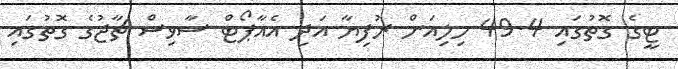
ޓީގެ ގޮތުގައި 49.4 މިލިއަން ރުފިޔާ އަދި އެއާޕޯޓް ސާވިސް ޗާޖުގެ ގޮތުގައި